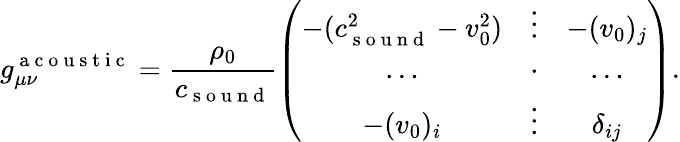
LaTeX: g_{\mu\nu}^{\mathrm{~a~c~o~u~s~t~i~c~}}=\frac{\rho_{0}}{c_{\mathrm{~s~o~u~n~d~}}}\left(\begin{array}{ccc}{-(c_{\mathrm{~s~o~u~n~d~}}^{2}-v_{0}^{2})}&{\vdots}&{-(v_{0})_{j}}\\ {\ldots}&{\cdot}&{\ldots}\\ {-(v_{0})_{i}}&{\vdots}&{\delta_{ij}}\end{array}\right).